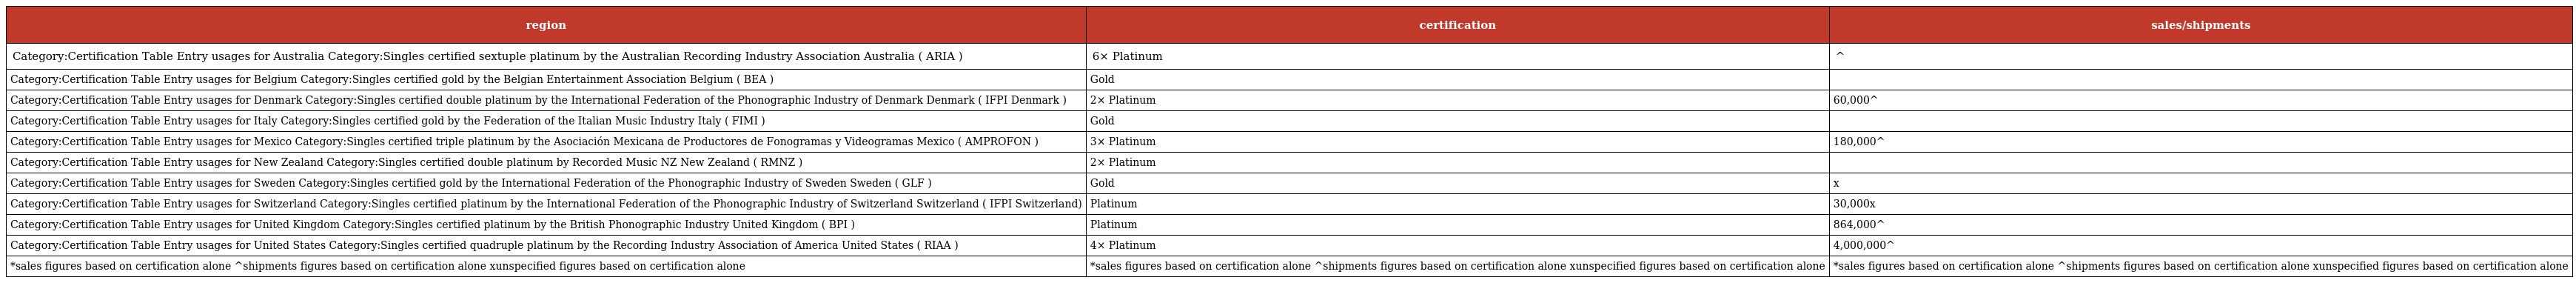
| region | certification | sales/shipments |
 | --- | --- | --- |
 | Category:Certification Table Entry usages for Australia Category:Singles certified sextuple platinum by the Australian Recording Industry Association Australia ( ARIA ) | 6× Platinum | ^ |
 | Category:Certification Table Entry usages for Belgium Category:Singles certified gold by the Belgian Entertainment Association Belgium ( BEA ) | Gold |  |
 | Category:Certification Table Entry usages for Denmark Category:Singles certified double platinum by the International Federation of the Phonographic Industry of Denmark Denmark ( IFPI Denmark ) | 2× Platinum | 60,000^ |
 | Category:Certification Table Entry usages for Italy Category:Singles certified gold by the Federation of the Italian Music Industry Italy ( FIMI ) | Gold |  |
 | Category:Certification Table Entry usages for Mexico Category:Singles certified triple platinum by the Asociación Mexicana de Productores de Fonogramas y Videogramas Mexico ( AMPROFON ) | 3× Platinum | 180,000^ |
 | Category:Certification Table Entry usages for New Zealand Category:Singles certified double platinum by Recorded Music NZ New Zealand ( RMNZ ) | 2× Platinum |  |
 | Category:Certification Table Entry usages for Sweden Category:Singles certified gold by the International Federation of the Phonographic Industry of Sweden Sweden ( GLF ) | Gold | x |
 | Category:Certification Table Entry usages for Switzerland Category:Singles certified platinum by the International Federation of the Phonographic Industry of Switzerland Switzerland ( IFPI Switzerland) | Platinum | 30,000x |
 | Category:Certification Table Entry usages for United Kingdom Category:Singles certified platinum by the British Phonographic Industry United Kingdom ( BPI ) | Platinum | 864,000^ |
 | Category:Certification Table Entry usages for United States Category:Singles certified quadruple platinum by the Recording Industry Association of America United States ( RIAA ) | 4× Platinum | 4,000,000^ |
 | *sales figures based on certification alone ^shipments figures based on certification alone xunspecified figures based on certification alone | *sales figures based on certification alone ^shipments figures based on certification alone xunspecified figures based on certification alone | *sales figures based on certification alone ^shipments figures based on certification alone xunspecified figures based on certification alone |